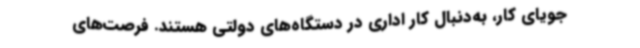
جویای کار، به‌دنبال کار اداری در دستگاه‌های دولتی هستند. فرصت‌های